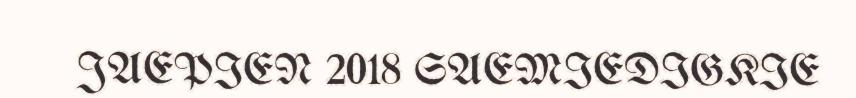
JAEPIEN 2018 SAEMIEDIGKIE